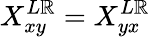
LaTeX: X_{xy}^{L\mathbb{R}}=X_{yx}^{L\mathbb{R}}